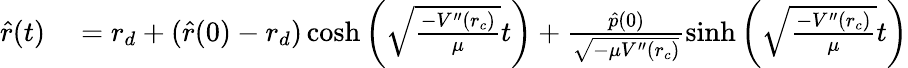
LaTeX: \begin{array}{rl}{{\hat{r}}(t)}&{{}=r_{d}+({\hat{r}}(0)-r_{d})\cosh\left(\sqrt{\frac{-V^{\prime\prime}(r_{c})}{\mu}}t\right)+\frac{{\hat{p}}(0)}{\sqrt{-\mu V^{\prime\prime}(r_{c})}}\sinh\left(\sqrt{\frac{-V^{\prime\prime}(r_{c})}{\mu}}t\right)}\end{array}